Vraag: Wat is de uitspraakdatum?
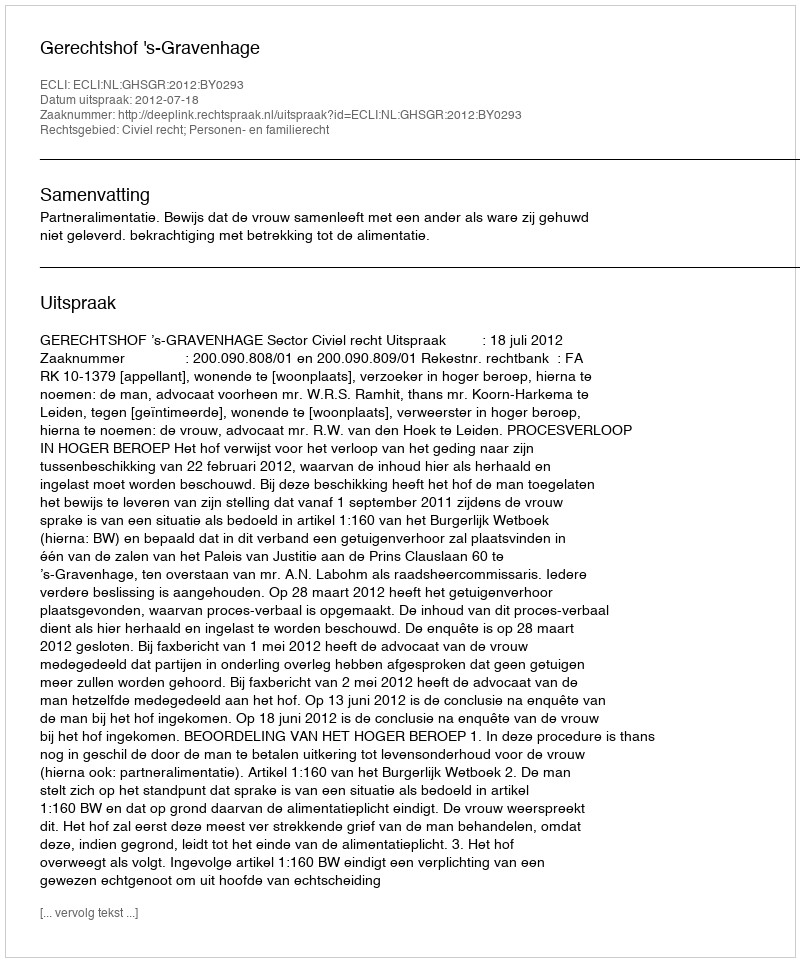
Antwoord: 2012-07-18